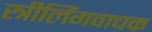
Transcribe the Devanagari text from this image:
स्त्रीलिंगवाचक